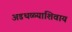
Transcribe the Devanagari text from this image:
अडथळ्याशिवाय